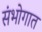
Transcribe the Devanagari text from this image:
संभोगात